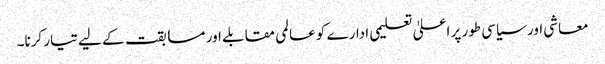
معاشی اور سیاسی طور پر اعلیٰ تعلیمی ادارے کو عالمی مقابلے اور مسابقت کے لیے تیار کرنا۔